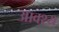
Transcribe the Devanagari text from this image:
आवश्‍य